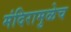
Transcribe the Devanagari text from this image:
मंदिरामुळेच